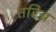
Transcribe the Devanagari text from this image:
तरिअ